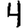
Digit: 4